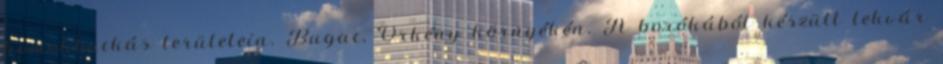
homokbuckás területein. Bugac, Örkény környékén. A borókából készült lekvár